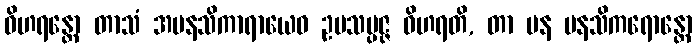
ဝိဟရန္တော တာသံ အမနသိကာရာယေဝ ဥပသမ္ပဇ္ဇ ဝိဟရတိ, တာ ပန မနသိကရောန္တော